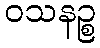
ဝသနဉ္စ